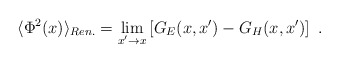
\begin{align*}\langle\Phi^2(x)\rangle_{Ren.}=\lim_{x'\to x}\left[G_E(x,x')-G_H(x,x')\right] \ .\end{align*}